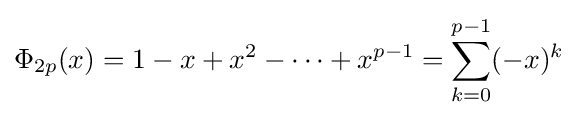
\Phi _{2p}(x)=1-x+x^{2}-\cdots +x^{p-1}=\sum _{k=0}^{p-1}(-x)^{k}\;